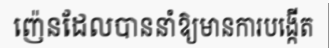
ញ៉េនដែលបាននាំឱ្យមានការបង្កើត